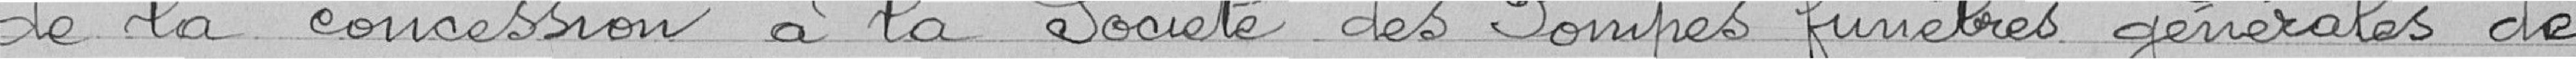
de la concession à la Société des Pompes funèbres générales de